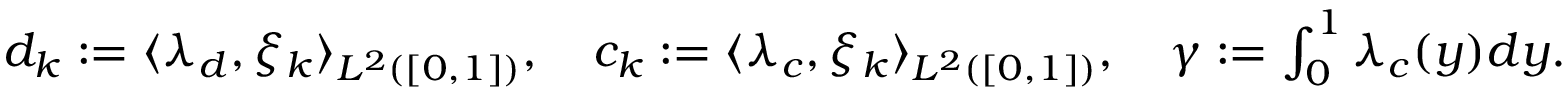
\begin{array} { r } { d _ { k } : = \langle \lambda _ { d } , \xi _ { k } \rangle _ { L ^ { 2 } ( [ 0 , 1 ] ) } , \quad c _ { k } : = \langle \lambda _ { c } , \xi _ { k } \rangle _ { L ^ { 2 } ( [ 0 , 1 ] ) } , \quad \gamma : = \int _ { 0 } ^ { 1 } \lambda _ { c } ( y ) d y . } \end{array}